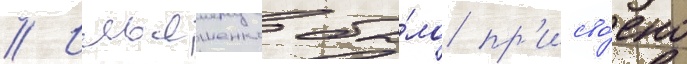
// Ильяшенко бы́ло пр'исво́ено